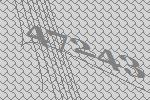
47243